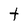
Character: t